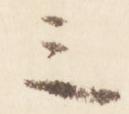
三